Trukikaitis_Postimees, lk 26
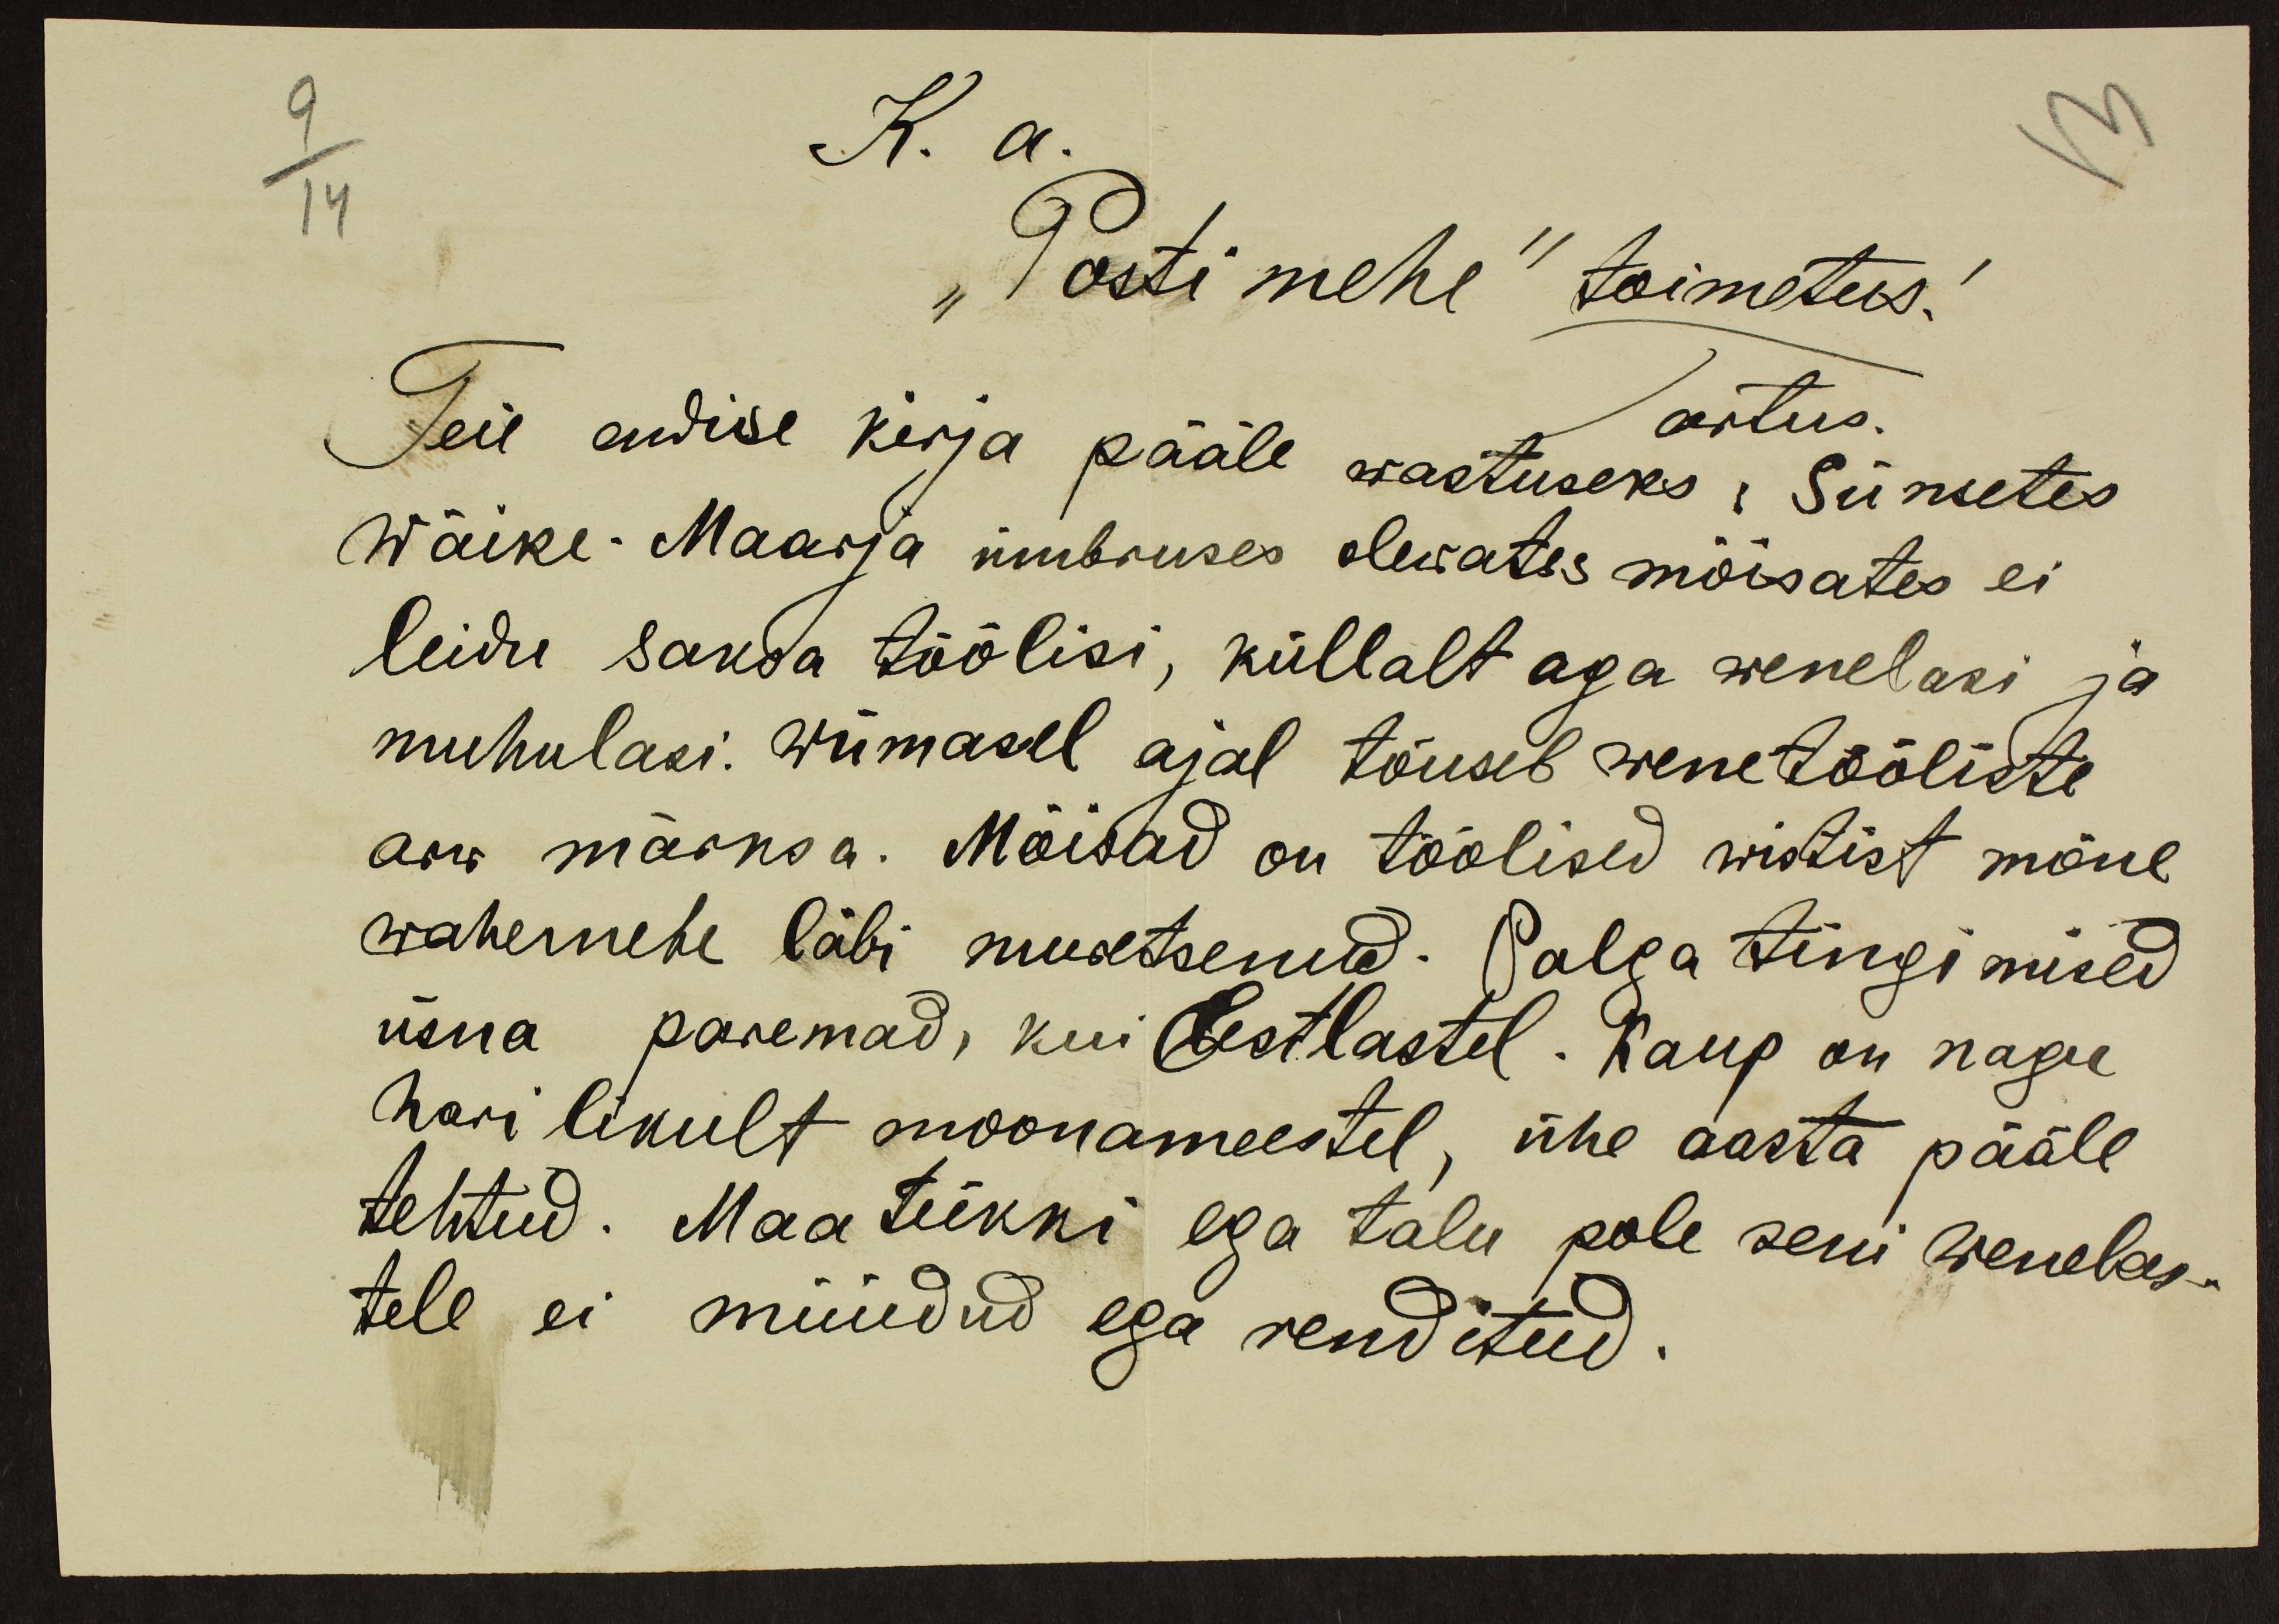
K. a.
"Postimehe" toimetus!
Tartus.
Teie endise kirja pääle wastuseks, Siinsetes
Wäike-Maarja ümbruses olewates mõisates ei
leidu saksa töölisi, küllalt aga wenelasi ja
muhulasi. Wiimasel ajal tõuseb wene tööliste
arw märksa. Mõisad on töölised wistist mõne
wahemehe läbi muretsenud. Palga tingimised
üsna paremad, kui Eestlastel. Kaup on nagu
harilikult moonameestel, ühe aasta pääle
tehtud. Maa tükki ega talu pole seni wenelas-
tele ei müüdud ega renditud.